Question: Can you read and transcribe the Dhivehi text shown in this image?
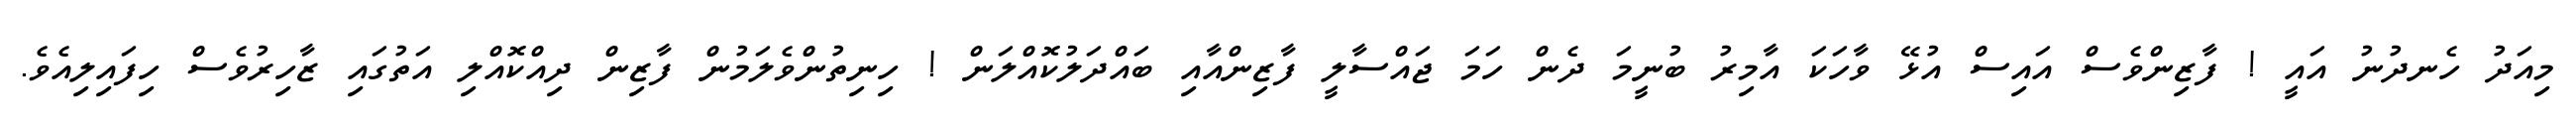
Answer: މިއަދު ހެނދުނު އައީ ! ފާޒިންވެސް އައިސް އުޅޭ ވާހަކަ އާމިރު ބުނީމަ ދެން ހަމަ ޖައްސާލީ ފާޒިންއާއި ބައްދަލުކޮއްލަން ! ހިނިތުންވެލަމުން ފާޒިން ދިއްކޮއްލި އަތުގައި ޒާހިރުވެސް ހިފައިލިއެވެ.